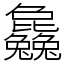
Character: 𣬚